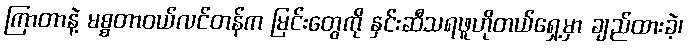
ကြာတာနဲ့ မစ္စတာဝယ်လင်တန်က မြင်းတွေကို နှင်းဆီသရဖူဟိုတယ်ရှေ့မှာ ချည်ထားခဲ့၊